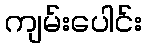
ကျမ်းပေါင်း